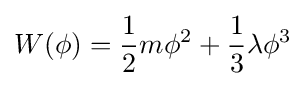
W(\phi )={\frac {1}{2}}m\phi ^{2}+{\frac {1}{3}}\lambda \phi ^{3}